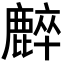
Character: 𪋌